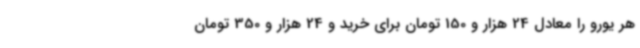
هر یورو را معادل 24 هزار و 150 تومان برای خرید و 24 هزار و 350 تومان